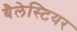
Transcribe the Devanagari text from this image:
बैलेस्टियर